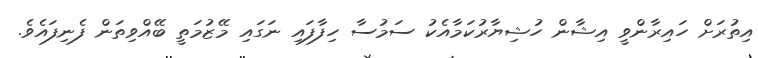
އިތުރަށް ހައިރާންވީ އިޝާން ހުޝިޔާރުކަމާއެކު ސަމުސާ ހިފާފައި ނަގައި މޭޒުމަތީ ބޭއްވިތަން ފެނިފައެވެ.